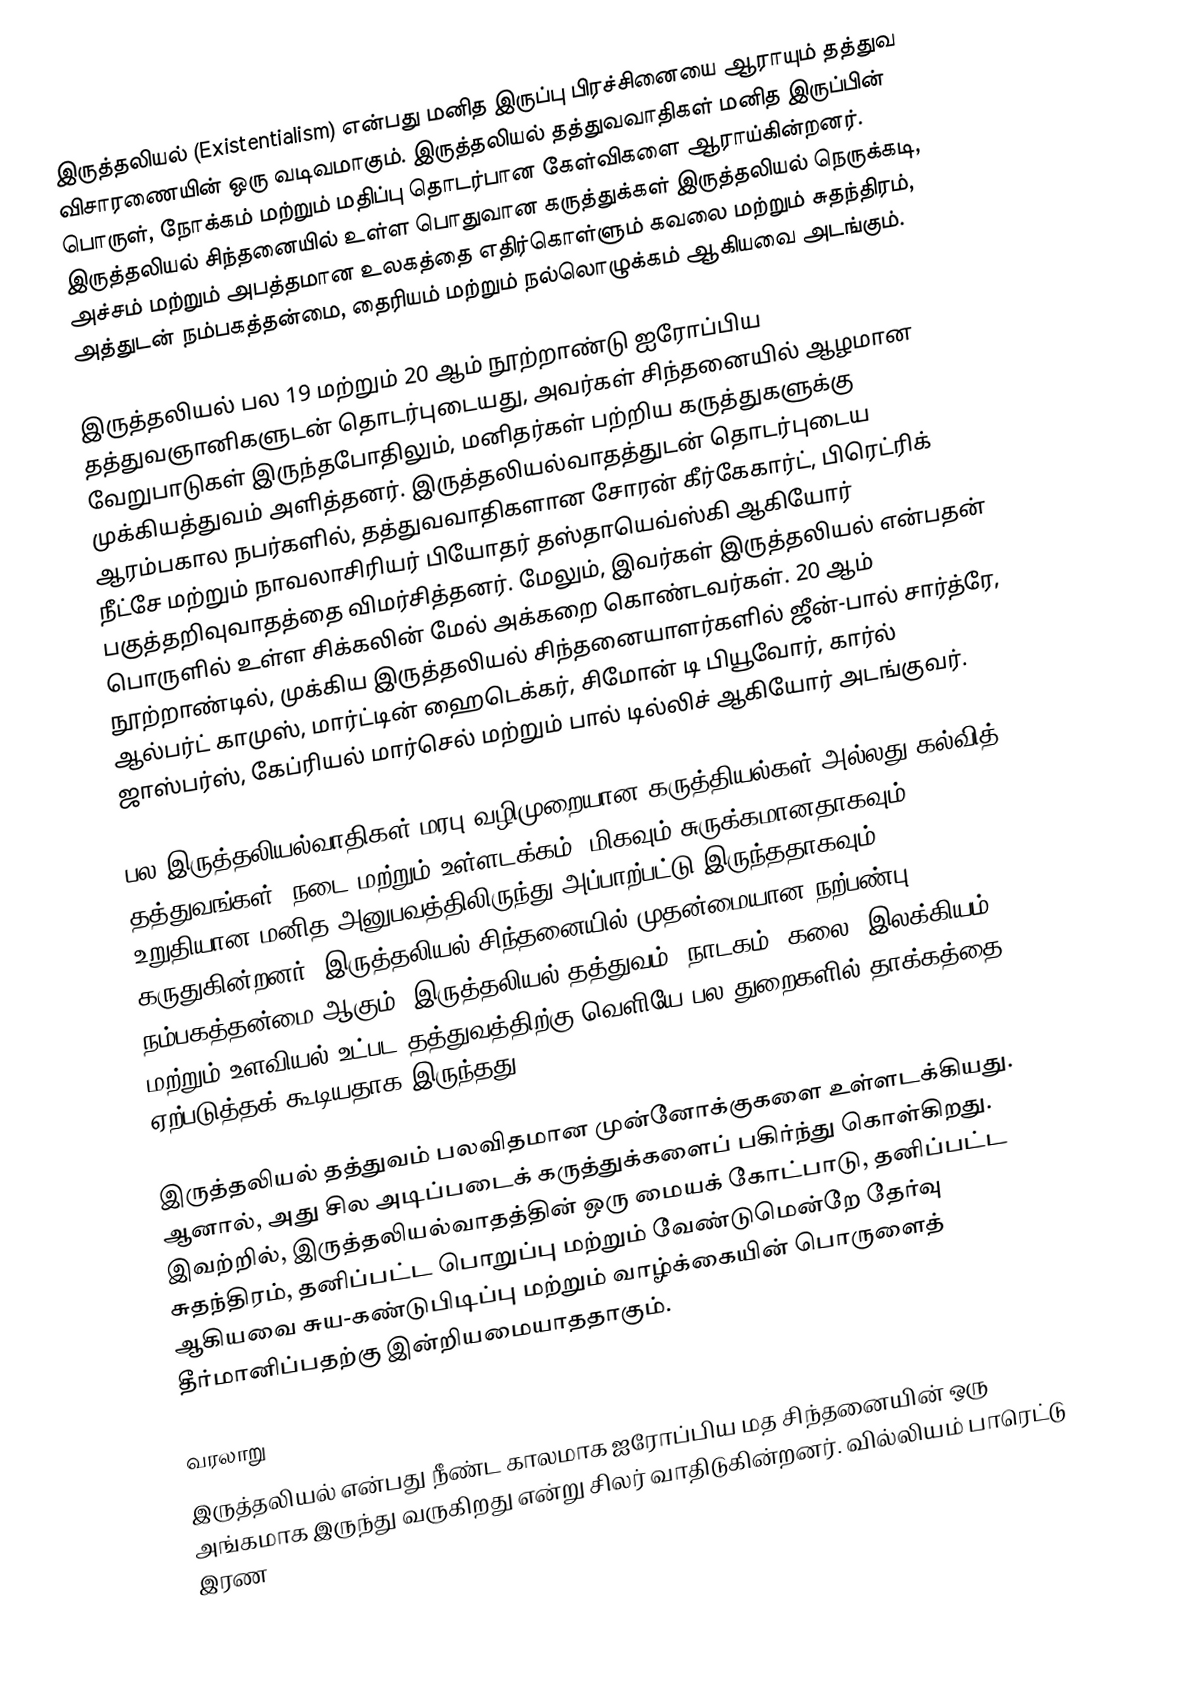
இருத்தலியல் (Existentialism) என்பது மனித இருப்பு பிரச்சினையை ஆராயும் தத்துவ விசாரணையின் ஒரு வடிவமாகும். இருத்தலியல் தத்துவவாதிகள் மனித இருப்பின் பொருள், நோக்கம் மற்றும் மதிப்பு தொடர்பான கேள்விகளை ஆராய்கின்றனர். இருத்தலியல் சிந்தனையில் உள்ள பொதுவான கருத்துக்கள் இருத்தலியல் நெருக்கடி, அச்சம் மற்றும் அபத்தமான உலகத்தை எதிர்கொள்ளும் கவலை மற்றும் சுதந்திரம், அத்துடன் நம்பகத்தன்மை, தைரியம் மற்றும் நல்லொழுக்கம் ஆகியவை அடங்கும்.

இருத்தலியல் பல 19 மற்றும் 20 ஆம் நூற்றாண்டு ஐரோப்பிய தத்துவஞானிகளுடன் தொடர்புடையது, அவர்கள் சிந்தனையில் ஆழமான வேறுபாடுகள் இருந்தபோதிலும், மனிதர்கள் பற்றிய கருத்துகளுக்கு முக்கியத்துவம் அளித்தனர். இருத்தலியல்வாதத்துடன் தொடர்புடைய ஆரம்பகால நபர்களில், தத்துவவாதிகளான சோரன் கீர்கேகார்ட், பிரெட்ரிக் நீட்சே மற்றும் நாவலாசிரியர் பியோதர் தஸ்தாயெவ்ஸ்கி ஆகியோர் பகுத்தறிவுவாதத்தை விமர்சித்தனர். மேலும், இவர்கள் இருத்தலியல் என்பதன் பொருளில் உள்ள சிக்கலின் மேல் அக்கறை கொண்டவர்கள். 20 ஆம் நூற்றாண்டில், முக்கிய இருத்தலியல் சிந்தனையாளர்களில் ஜீன்-பால் சார்த்ரே, ஆல்பர்ட் காமுஸ், மார்ட்டின் ஹைடெக்கர், சிமோன் டி பியூவோர், கார்ல் ஜாஸ்பர்ஸ், கேப்ரியல் மார்செல் மற்றும் பால் டில்லிச் ஆகியோர் அடங்குவர்.

பல இருத்தலியல்வாதிகள் மரபு வழிமுறையான கருத்தியல்கள் அல்லது கல்வித் தத்துவங்கள், நடை மற்றும் உள்ளடக்கம், மிகவும் சுருக்கமானதாகவும் உறுதியான மனித அனுபவத்திலிருந்து அப்பாற்பட்டு இருந்ததாகவும் கருதுகின்றனர். இருத்தலியல் சிந்தனையில் முதன்மையான நற்பண்பு நம்பகத்தன்மை ஆகும். இருத்தலியல் தத்துவம், நாடகம், கலை, இலக்கியம் மற்றும் உளவியல் உட்பட தத்துவத்திற்கு வெளியே பல துறைகளில் தாக்கத்தை ஏற்படுத்தக் கூடியதாக இருந்தது.

இருத்தலியல் தத்துவம் பலவிதமான முன்னோக்குகளை உள்ளடக்கியது. ஆனால், அது சில அடிப்படைக் கருத்துக்களைப் பகிர்ந்து கொள்கிறது. இவற்றில், இருத்தலியல்வாதத்தின் ஒரு மையக் கோட்பாடு, தனிப்பட்ட சுதந்திரம், தனிப்பட்ட பொறுப்பு மற்றும் வேண்டுமென்றே தேர்வு ஆகியவை சுய-கண்டுபிடிப்பு மற்றும் வாழ்க்கையின் பொருளைத் தீர்மானிப்பதற்கு இன்றியமையாததாகும்.

வரலாறு
இருத்தலியல் என்பது நீண்ட காலமாக ஐரோப்பிய மத சிந்தனையின் ஒரு அங்கமாக இருந்து வருகிறது என்று சிலர் வாதிடுகின்றனர். வில்லியம் பாரெட்டு இரண